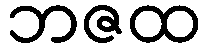
ဘဇထ